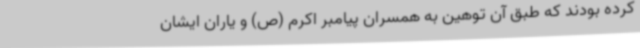
کرده بودند که طبق آن توهین به همسران پیامبر اکرم (ص) و یاران ایشان